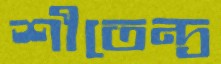
শীতেন্দ্র